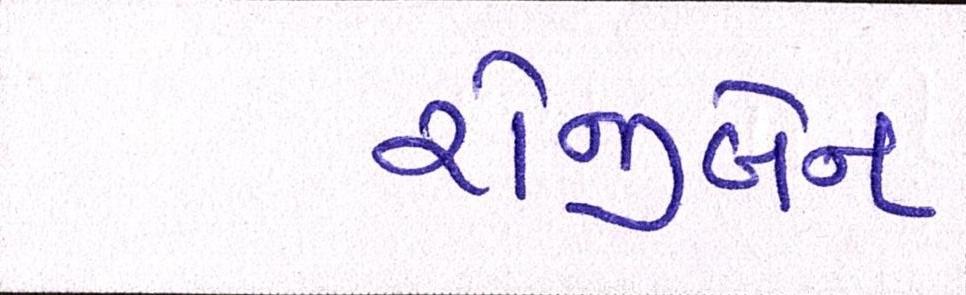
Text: રોજીબેન